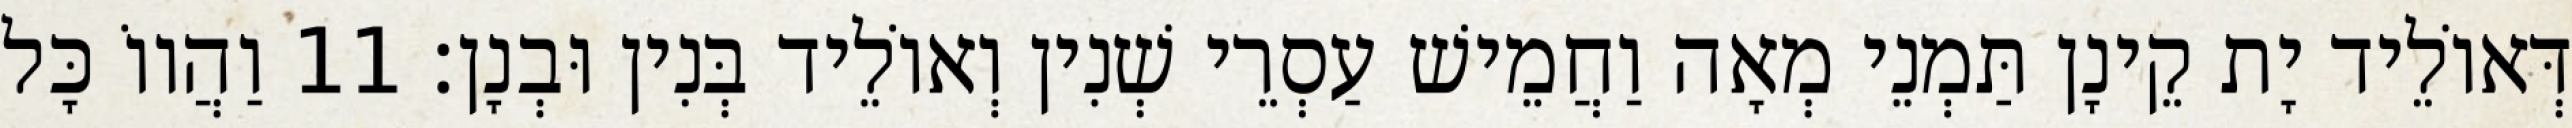
דְּאוֹלֵיד יָת קֵינָן תַּמְנֵי מְאָה וַחֲמֵישׁ עַסְרֵי שְׁנִין וְאוֹלֵיד בְּנִין וּבְנָן׃ 11 וַהֲווֹ כָּל